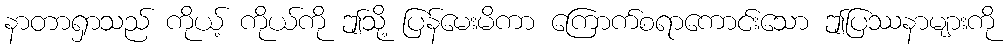
နာတာရှာသည် ကိုယ့် ကိုယ်ကို ဤသို့ ပြန်မေးမိကာ ကြောက်စရာကောင်းသော ဤပြဿနာများကို